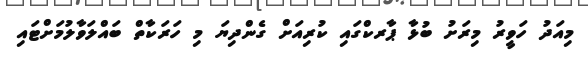
މިއަދު ހަވީރު މިރަށު ބުޅާ ޕާރކްގައި ކުރިއަށް ގެންދިޔަ މި ހަރަކާތް ބައްލަވާލުމަށްޓައި